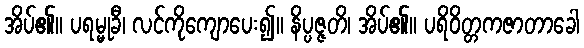
အိပ်၏။ ပရမ္မုခီ၊ လင်ကိုကျောပေး၍။ နိပ္ပဇ္ဇတိ၊ အိပ်၏။ ပရိဝိတ္တကဇာတာခေါ